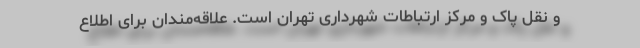
و نقل پاک و مرکز ارتباطات شهرداری تهران است. علاقه‌مندان برای اطلاع